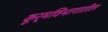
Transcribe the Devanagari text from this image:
कूर्मविभागातील